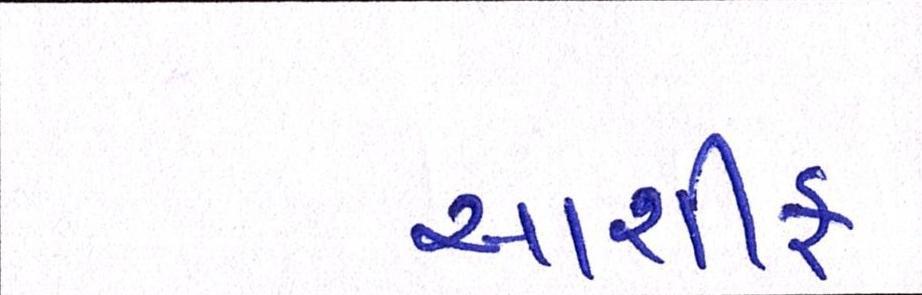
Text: આશીફ